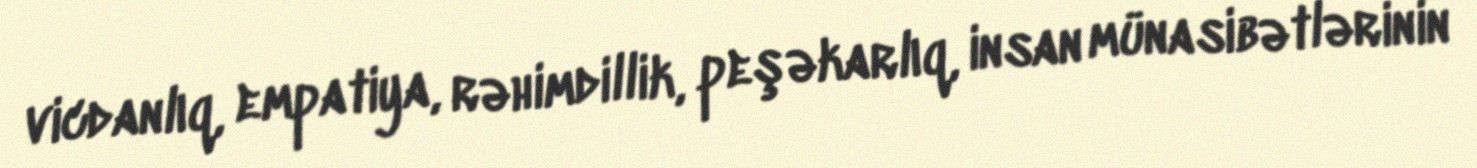
vicdanlıq, empatiya, rəhimdillik, peşəkarlıq, insan münasibətlərinin